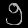
Digit: ၅